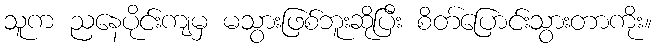
သူက ညနေပိုင်းကျမှ မသွားဖြစ်ဘူးဆိုပြီး စိတ်ပြောင်းသွားတာကိုး။